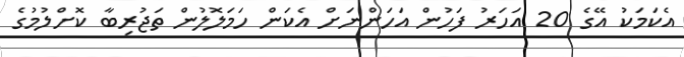
އެކަމަކު އޭގެ 20 އަހަރު ފަހުން އަހަންނަށް އެކަން ހަމަލޮލުން ތަޖުރިބާ ކޮށްލުމުގެ